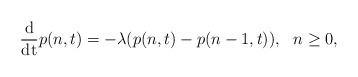
LaTeX: \begin{align*}\frac{\mathrm{d}}{\mathrm{dt}}p(n,t)=-\lambda(p(n,t)-p(n-1,t)),\ \ n\geq 0,\end{align*}